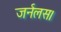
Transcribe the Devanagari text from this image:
जर्नलस।